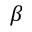
\beta